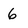
Character: 6